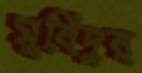
মুবিদুর